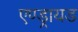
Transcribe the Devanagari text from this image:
एण्ड्रायड